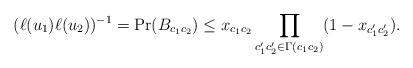
LaTeX: \begin{align*}(\ell(u_1)\ell(u_2))^{-1}=\Pr(B_{c_1c_2}) \le x_{c_1c_2} \prod_{c_1'c_2'\in \Gamma(c_1c_2)} (1-x_{c_1'c_2'}).\end{align*}